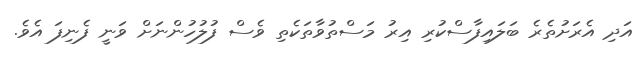
އަދި އެރަށުތެރެ ބަލައިފާސްކުރި އިރު މަސްތުވާތަކެތި ވެސް ފުލުހުންނަށް ވަނީ ފެނިފަ އެވެ.